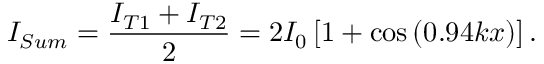
I _ { S u m } = \frac { I _ { T 1 } + I _ { T 2 } } { 2 } = 2 I _ { 0 } \left[ 1 + \cos \left( 0 . 9 4 k x \right) \right] .